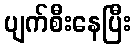
ပျက်စီးနေပြီး